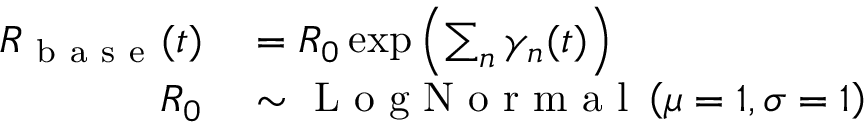
\begin{array} { r l } { R _ { \mathrm { ~ b ~ a ~ s ~ e ~ } } ( t ) } & { { } = R _ { 0 } \exp \left( \sum _ { n } \gamma _ { n } ( t ) \right) } \\ { R _ { 0 } } & { { } \sim \mathrm { ~ L ~ o ~ g ~ N ~ o ~ r ~ m ~ a ~ l ~ } \left( \mu = 1 , \sigma = 1 \right) } \end{array}